Annual report of the Civil Veterinary Department, Bengal, for the year 1897-98 - 1897-1898
Year: 1897
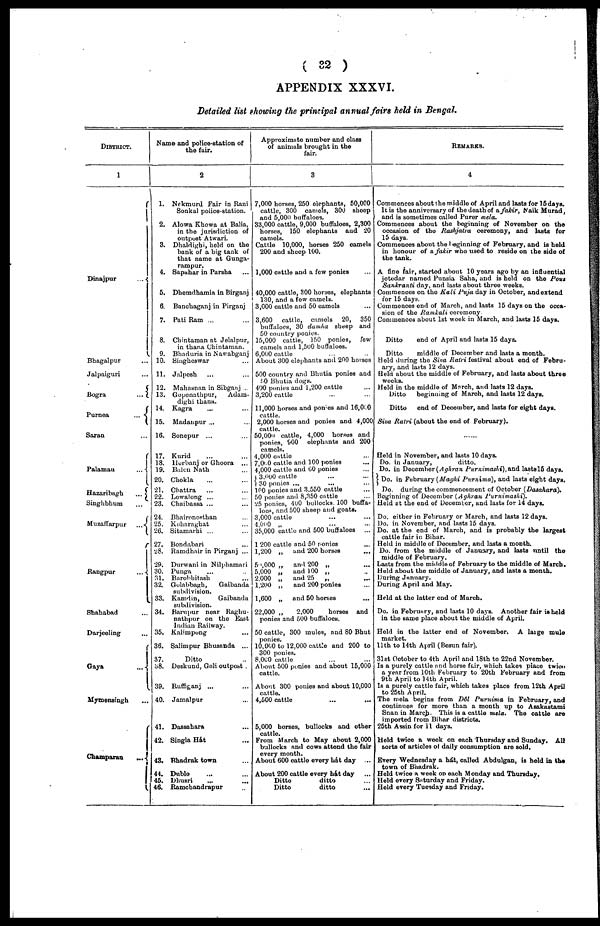
( 32 )
APPENDIX XXXVI.
Detailed list showing the principal annual fairs held in Bengal.
DISTRICT.
Dinajpur
...
Bhagalpur ...
Jalpaiguri ...
Bogra
...
Purnea
...
Saran ...
Palamau
...
Hazaribagh
...
Singhbhum ...
Muzaffarpur
...
Rangpur
...
Shahabad ...
Darjeeling ...
Gaya
...
Mymensingh ...
Champaran
...
Name and police-station of
the fair.
2
1. Nekmurd Fair in Rani
Sonkal police-station.
2. Alowa Khowa at Balia,
in the jurisdiction of
outpost Atwari.
3. Dhaldighi, held on the
bank of a big tank of
that name at Gunga-
rampur.
4. Sapahar in Parsha ...
5. Dhemdhamia in Birganj
6. Banchaganj in Pirganj
7. Pati Ram ... ...
8. Chintaman at Jelalpur,
in thana Chintaman.
9. Bhaduria in Nawabganj
10. Siagheswar ...
11. Jalpesh ... ...
12. Mahasnan in Sibganj ...
13. Gopenathpur,
Adam-
dighi thana.
14. Kagra ... ...
15. Madanpur ... ...
16. Sonepur ... ...
17. Kurid ... ...
18. Herbanj or Ghoora ...
19. Balcn Nath ...
20. Chokla ... ...
21. Chattra
... ...
22. Lowalong ... ...
23. Chaibassa ... ...
24. Bhaironosthan ...
25. Koharaghat ...
26. Sitamarhi ... ...
27. Bondabari ...
28. Ramdhair in Pirganj ...
29. Durwani in Nilphamari
30. Punga ... ..
31. Barobhitash ...
32. Golabbagh,
Gaibanda
subdivision.
33. Kamdin,
Gaibanda
subdivision.
34. Barupur near Raghu-
nathpur on the East
Indian Railway.
35. Kalimpong ...
36. Salimpur Bhusanda ...
37.
Ditto ..
38. Deskund, Goli outpost
39. Ruffiganj ... ...
40. Jamalpur ...
41. Dassahara ...
42. Singla Hát ...
43. Bhadrak town ...
44. Dublo ... ...
45. Dhusri
...
...
46. Ramchandrapur ..
Approximate number and class
of animals brought in the
fair.
3
7,000 horses, 250 elephants, 50,000
cattle, 300 camels, 300 sheep
and 5,000 buffaloes.
33,000 cattle, 9,000 buffaloes, 2,300
horses, 150 elephants and 20
camels.
Cattle 10,000, horses 250 camels
200 and sheep 100.
1,000 cattle and a few ponies ...
40,000 cattle, 300 horses, elephants
130, and a few camels.
3,000 cattle and 50 camels ...
3,600 cattle, camels 20, 350
buffaloes, 30 damha sheep and
50 country ponies.
15,000 cattle, 150 ponies,
few
camels and 1,500 buffaloes.
6,000 cattle ... ..
About 300 elephants and 200 horses
500 country and Bhutia ponies and
50 Bhutia dogs.
400 ponies and 1,200 cattle ...
3,200 cattle ... ...
11,000 horses and ponies and 16,0f.0
cattle.
2,000 horses and ponies and 4,000
cattle.
50,000 cattle, 4,000 horses and
ponies, 900 elephants and 200
camels.
4,000 cattle ...
7,000 cattle and 100 ponies ...
4,000 cattle and 60 ponies ...
3.000 cattle ... ...
30 ponies ... ... ...
100 ponies and 3.550 cattle ...
50 ponies and 8,350 cattle ...
25 ponies, 400 bullocks. 100 buffa-
loes, and 500 sheep and goats.
3,000 cattle ... ...
4,000 .. ... ...
35,000 cattle and 500 buffaloes
...
1 200 cattle and 50 ponies ...
1,200 „
and 200 horses ...
50,000 „
and 200 „ ...
5,000 „
and 100 „ ..
2.000 „
and 25
„ ...
1,200 „
and 200 ponies ...
1,600 „
and 50 horses ...
22,000 „
2,000
horses and
ponies and 500 buffaloes.
50 cattle, 300 mules, and 80 Bhut
ponies.
10,000 to 12,000 cattle and 200 to
300 ponies.
8,000 cattle ... ...
About 500 ponies and about 15,000
cattle.
About 300 ponies and about 10,000
cattle.
4,500 cattle ... ...
5,000 horses, bullocks and other
cattle.
From March to May about 2,000
bullocks and cows attend the fair
every month.
About 600 cattle every hát day ...
About 200 cattle every hit day ...
Ditto
ditto ...
Ditto
ditto ...
REMARKS.
4
Commences about the middle of April and lasts for 15days.
It is the anniversary of the death of a fakir, Naik Murad,
and is sometimes called Purer mela.
Commences about the beginning of November on the
occasion of the Rashjatra ceremony, and lasts for
15 days.
Commences about the beginning of February, and is held
in honour of a fakir who used to reside on the aide of
the tank.
A fine fair, started about 10 years ago by an influential
jotedar named Punsia Saha, and is held on the Pout
Sankranti day, and lasts about three weeks.
Commences on the Kali Puja day in October, and extend
for 15 days.
Commences end of March, and lasts 15 days on the occa-
sion of the Ramkali ceremony
Commences about 1st week in March, and lasts 15 days.
Ditto
end of April and lasts 15 days.
Ditto
middle of December and lasts a month.
Held during the Siva Ratri festival about end of Febru-
ary, and lasts 12 days.
Held about the middle of February, and lasts about three
weeks.
Held in the middle of March, and lasts 12 days.
Ditto
beginning of March, and lasts 12 days.
Ditto
end of December, and lasts for eight days.
Siva Ratri (about the end of February).
......
Held in November, and lasts 10 days.
Do. in January,
ditto.
Do. in December (Aghran Purnimashi), and lasts15 days.
Do. in February (Maghi Purnima), and lasts eight days.
Do. during the commencement of October (Dasahara).
Beginning of December (Aghran Purnimashi).
Held at the end of December, and lasts for 14 days.
Do. either in February or March, and lasts 12 days.
Do. in November, and lasts 15 days.
Do. at the end of March, and is probably the largest
cattle fair in Bihar.
Held in middle of December, and lasts a month.
Do. from the middle of January, and lasts until the
middle of February.
Lasts from the middle of February to the middle of March.
Held about the middle of January, and lasts a month.
During January.
During April and May.
Held at the latter end of March.
Do. in February, and lasts 10 days. Another fair is held
in the same place about the middle of April.
Held in the latter end of November. A large mule
market.
11th to 14th April (Besun fair).
31st October to 4th April and 18th to 22nd November.
Is a purely cattle and horse fair, which takes place twice
a year from 10th February to 20th February and from
9th April to 14th April.
Is a purely cattle fair, which takes place from 12th April
to 25th April.
The mela begins from Dôl Purnima in February, and
coutinues for more than a month up to Asakastami
Snan in March. This is a cattle mela. The cattle are
imported from Bihar districts.
25th Assin for 11 days.
Held twice a week on each Thursday and Sunday. All
sorts of articles of daily consumption are sold.
Every Wednesday a hát, called Abdulgan, is held in the
town of Bhadrak.
Held twice a week on each Monday and Thursday.
Held every Saturday and Friday.
Held every Tuesday and Friday.